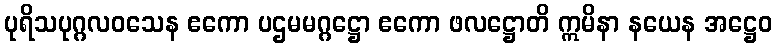
ပုရိသပုဂ္ဂလဝသေန ဧကော ပဌမမဂ္ဂဋ္ဌော ဧကော ဖလဋ္ဌောတိ ဣမိနာ နယေန အဋ္ဌေဝ